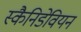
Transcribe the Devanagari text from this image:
स्कैनिडेवियन